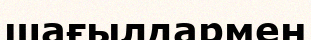
шағылдармен